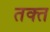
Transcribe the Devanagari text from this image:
तक्त